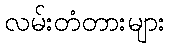
လမ်းတံတားများ